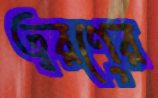
ত্বরণের